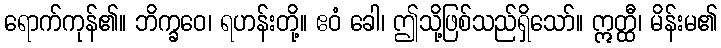
ရောက်ကုန်၏။ ဘိက္ခဝေ၊ ရဟန်းတို့။ ဧဝံ ခေါ၊ ဤသို့ဖြစ်သည်ရှိသော်။ ဣတ္ထီ၊ မိန်းမ၏